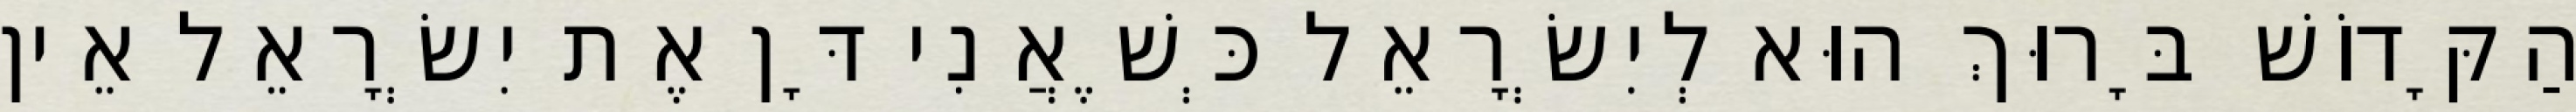
הַקָּדוֹשׁ בָּרוּךְ הוּא לְיִשְׂרָאֵל כְּשֶׁאֲנִי דָּן אֶת יִשְׂרָאֵל אֵין